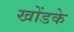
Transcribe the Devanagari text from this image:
खोंडके